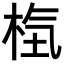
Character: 𣒻